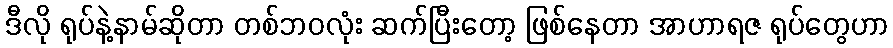
ဒီလို ရုပ်နဲ့နာမ်ဆိုတာ တစ်ဘဝလုံး ဆက်ပြီးတော့ ဖြစ်နေတာ အာဟာရဇ ရုပ်တွေဟာ